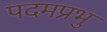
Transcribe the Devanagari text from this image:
पदमप्रभु